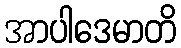
အာပါဒေမာတိ